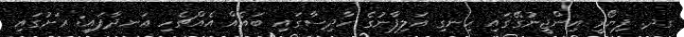
ގދ. ފިޔޯރީ އިންޖީނުގޭގައި ހިނގި އަލިފާނުގެ ހާދިސާގައި ބައެއް އެއްޗެހި އަނދާފައި: ރަށުގައި